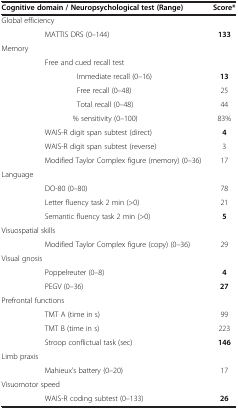
<table><thead><tr><td colspan="2"><b>Cognitive domain / Neuropsychological test (Range)</b></td><td><b>Score*</b></td></tr></thead><tbody><tr><td colspan="2">Global efficiency</td><td> </td></tr><tr><td> </td><td>MATTIS DRS (0–144)</td><td><b>133</b></td></tr><tr><td>Memory</td><td> </td><td> </td></tr><tr><td> </td><td>Free and cued recall test</td><td> </td></tr><tr><td> </td><td>Immediate recall (0–16)</td><td><b>13</b></td></tr><tr><td> </td><td>Free recall (0–48)</td><td>25</td></tr><tr><td> </td><td>Total recall (0–48)</td><td>44</td></tr><tr><td> </td><td>% sensitivity (0–100)</td><td>83%</td></tr><tr><td> </td><td>WAIS-R digit span subtest (direct)</td><td><b>4</b></td></tr><tr><td> </td><td>WAIS-R digit span subtest (reverse)</td><td>3</td></tr><tr><td> </td><td>Modified Taylor Complex figure (memory) (0–36)</td><td>17</td></tr><tr><td>Language</td><td> </td><td> </td></tr><tr><td> </td><td>DO-80 (0–80)</td><td>78</td></tr><tr><td> </td><td>Letter fluency task 2 min (&gt;0)</td><td>21</td></tr><tr><td> </td><td>Semantic fluency task 2 min (&gt;0)</td><td><b>5</b></td></tr><tr><td colspan="2">Visuospatial skills</td><td> </td></tr><tr><td> </td><td>Modified Taylor Complex figure (copy) (0–36)</td><td>29</td></tr><tr><td colspan="2">Visual gnosis</td><td> </td></tr><tr><td> </td><td>Poppelreuter (0–8)</td><td><b>4</b></td></tr><tr><td> </td><td>PEGV (0–36)</td><td><b>27</b></td></tr><tr><td colspan="2">Prefrontal functions</td><td> </td></tr><tr><td> </td><td>TMT A (time in s)</td><td>99</td></tr><tr><td> </td><td>TMT B (time in s)</td><td>223</td></tr><tr><td> </td><td>Stroop conflictual task (sec)</td><td><b>146</b></td></tr><tr><td colspan="2">Limb praxis</td><td> </td></tr><tr><td> </td><td>Mahieux’s battery (0–20)</td><td>17</td></tr><tr><td colspan="2">Visuomotor speed</td><td> </td></tr><tr><td> </td><td>WAIS-R coding subtest (0–133)</td><td><b>26</b></td></tr></tbody></table>